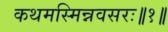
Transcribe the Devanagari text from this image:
कथमस्मिन्नवसरः॥१॥